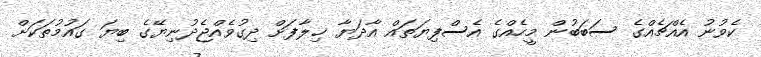
ކެވުނު އެއްޗެއްގެ ސަބަބުން މީހެއްގެ އެސްފިޔަތައް އާދަޔާ ޚިލާފަށް ދިގުވެއްޖެދުނިޔޭގެ ބިޔަ ގައުމުތަކަށް